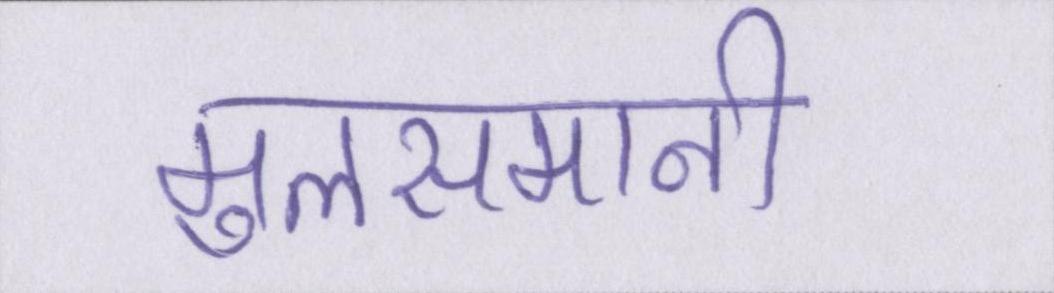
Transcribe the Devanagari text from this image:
मुलसमानी